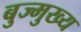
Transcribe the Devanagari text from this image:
बुज्मुख्य